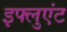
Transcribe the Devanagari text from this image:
इफ्लुएंट